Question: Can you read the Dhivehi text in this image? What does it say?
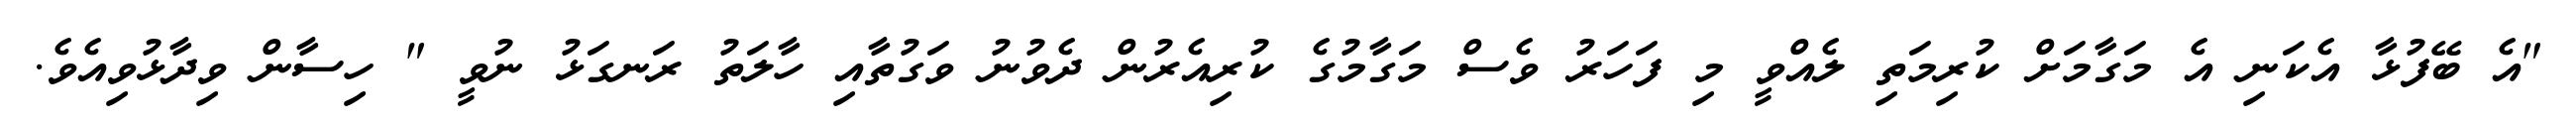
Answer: "އެ ބޭފުޅާ އެކަނި އެ މަގާމަށް ކުރިމަތި ލެއްވީ މި ފަހަރު ވެސް މަގާމުގެ ކުރިއެރުން ދެވުނު ވަގުތާއި ހާލަތު ރަނގަޅު ނުވީ " ހިސާން ވިދާޅުވިއެވެ.